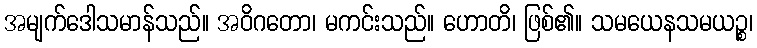
အမျက်ဒေါသမာန်သည်။ အဝိဂတော၊ မကင်းသည်။ ဟောတိ၊ ဖြစ်၏။ သမယေနသမယဉ္စ၊